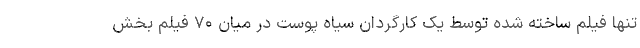
تنها فیلم ساخته شده توسط یک کارگردان سیاه پوست در میان ۷۰ فیلم بخش